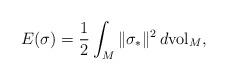
LaTeX: \begin{align*}E(\sigma)=\frac{1}{2}\int_M \|\sigma_{\ast}\|^2\,d{\rm vol}_M,\end{align*}